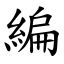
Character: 編